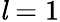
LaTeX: {\mathit{l}}=1